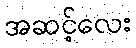
အဆင့်လေး